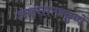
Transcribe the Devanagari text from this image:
आइन्सत्जग्रुप्पें